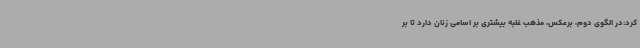
کرد:در الگوی دوم، برعکس، مذهب غلبه بیشتری بر اسامی زنان دارد تا بر